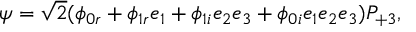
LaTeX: \psi = \sqrt { 2 } ( \phi _ { 0 r } + \phi _ { 1 r } e _ { 1 } + \phi _ { 1 i } e _ { 2 } e _ { 3 } + \phi _ { 0 i } e _ { 1 } e _ { 2 } e _ { 3 } ) P _ { + 3 } ,